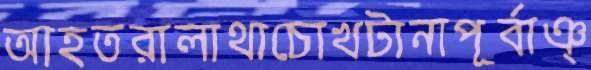
আহতরালাথাচোখটানাপূর্বাঞ্